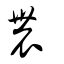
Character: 辳